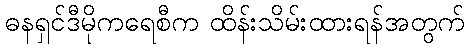
ဓနရှင်ဒီမိုကရေစီက ထိန်းသိမ်းထားရန်အတွက်